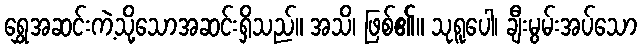
ရွှေအဆင်းကဲ့သို့သောအဆင်းရှိသည်။ အသိ၊ ဖြစ်၏။ သုရူပေါ၊ ချီးမွမ်းအပ်သော